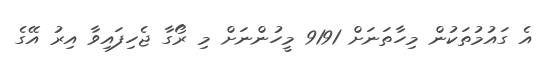
އެ ގައުމުތަކުން މިހާތަނަށް 9191 މީހުންނަށް މި ރޯގާ ޖެހިފައިވާ އިރު އޭގެ